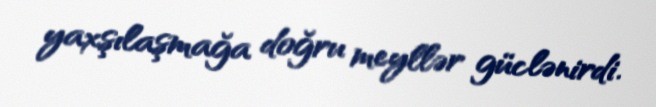
yaxşılaşmağa doğru meyllər güclənirdi.